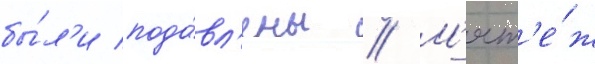
бы́л'и пода́вл'ены // М'ят'е́ж